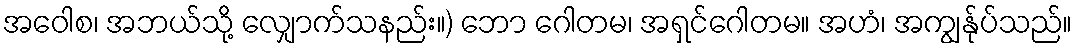
အဝေါစ၊ အဘယ်သို့ လျှောက်သနည်း။) ဘော ဂေါတမ၊ အရှင်ဂေါတမ။ အဟံ၊ အကျွန်ုပ်သည်။